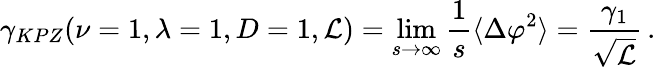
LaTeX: \gamma_{KPZ}(\nu=1,\lambda=1,D=1,\mathcal{L})=\operatorname*{lim}_{s\to\infty}\frac{1}{s}\langle\Delta\varphi^{2}\rangle=\frac{\gamma_{1}}{\sqrt{\mathcal{L}}}\, .